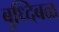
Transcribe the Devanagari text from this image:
बुध्दिबळ